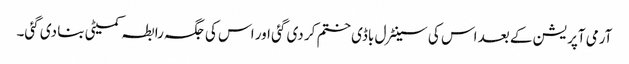
آرمی آپریشن کے بعد اس کی سینٹرل باڈی ختم کر دی گئی اور اس کی جگہ رابطہ کمیٹی بنا دی گئی۔